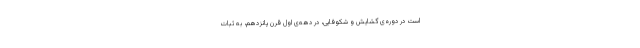
است در دوره‌ی گشایش و شکوفایی، در دهه‌ی اوّلِ قرن پانزدهم، به ثبات